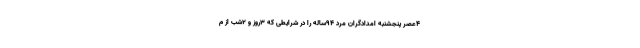
4عصر پنجشنبه امدادگران مرد 94ساله را در شرایطی که 3روز و 2شب از م